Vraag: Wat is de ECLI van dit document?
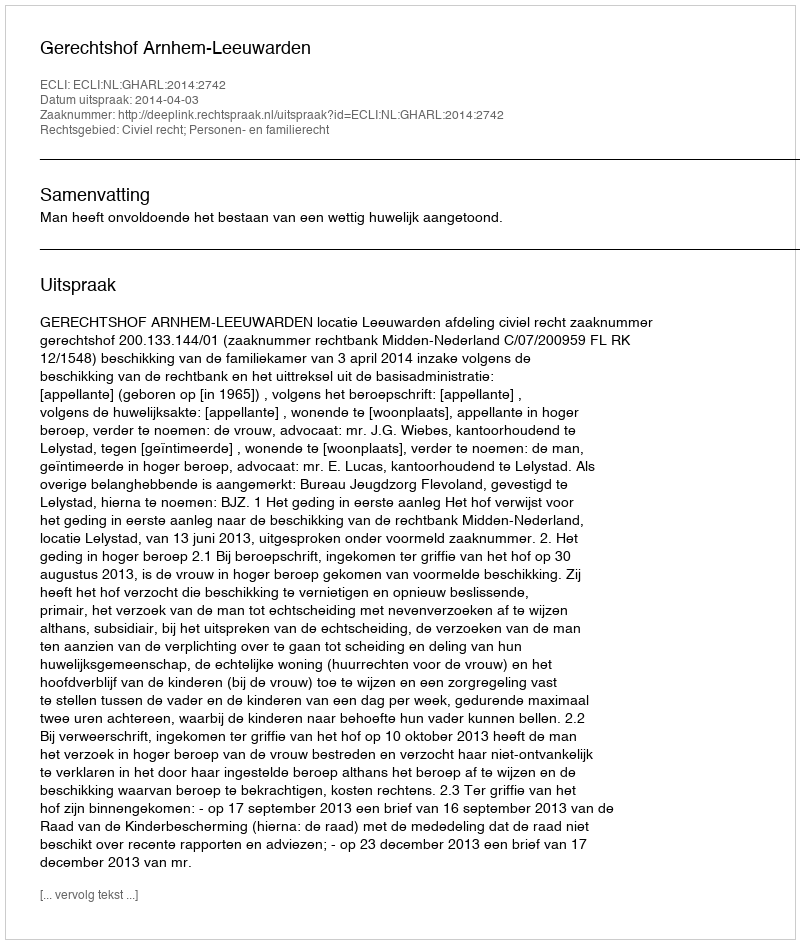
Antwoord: ECLI:NL:GHARL:2014:2742